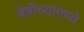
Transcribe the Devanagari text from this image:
बेंबीच्यामध्ये